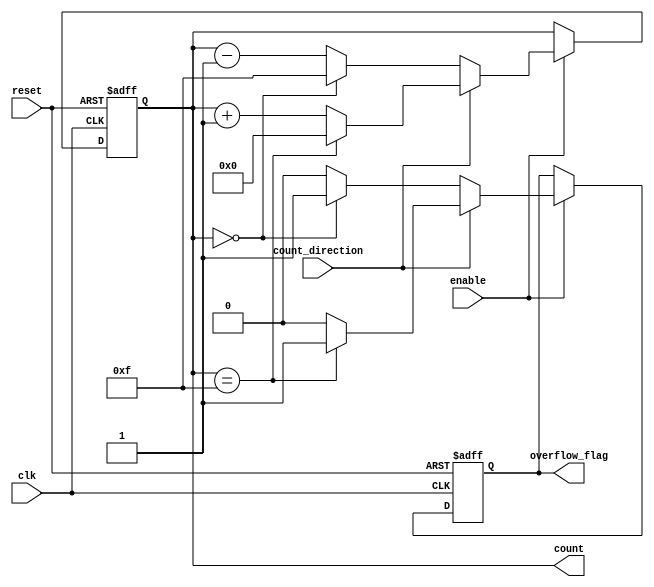
module MultiBitCounter #(parameter BIT_WIDTH = 4) (
    input wire clk,               // Clock signal
    input wire reset,             // Asynchronous reset signal
    input wire enable,            // Enable counting
    input wire count_direction,    // Count direction: 1 for up, 0 for down
    output reg [BIT_WIDTH-1:0] count, // Current count output
    output reg overflow_flag      // Overflow flag (optional)
);

    // Internal signal to keep track of the maximum count value
    localparam MAX_COUNT = (1 << BIT_WIDTH) - 1; // Max value for the given bit width

    always @(posedge clk or posedge reset) begin
        if (reset) begin
            count <= 0;               // Reset the counter to 0
            overflow_flag <= 0;       // Reset overflow flag
        end else if (enable) begin
            if (count_direction) begin
                // Up Counting
                if (count == MAX_COUNT) begin
                    count <= 0;         // Roll over to 0
                    overflow_flag <= 1; // Set overflow flag
                end else begin
                    count <= count + 1; // Increment count
                    overflow_flag <= 0; // Clear overflow flag
                end
            end else begin
                // Down Counting
                if (count == 0) begin
                    count <= MAX_COUNT; // Roll over to MAX_COUNT
                    overflow_flag <= 1; // Set overflow flag
                end else begin
                    count <= count - 1; // Decrement count
                    overflow_flag <= 0; // Clear overflow flag
                end
            end
        end
    end

endmodule